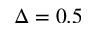
\Delta = 0 . 5